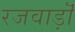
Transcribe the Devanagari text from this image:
रजवाड़ॊं